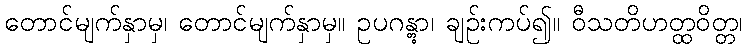
တောင်မျက်နှာမှ၊ တောင်မျက်နှာမှ။ ဥပဂန္တွာ၊ ချဉ်းကပ်၍။ ဝီသတိဟတ္ထဝိတ္တ၊